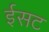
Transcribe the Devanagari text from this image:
ईसट